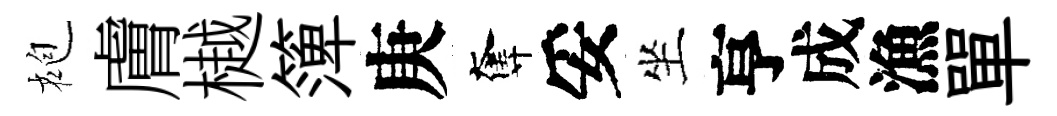
袍膚樾𥱼庚奪妥坐亨成漁單